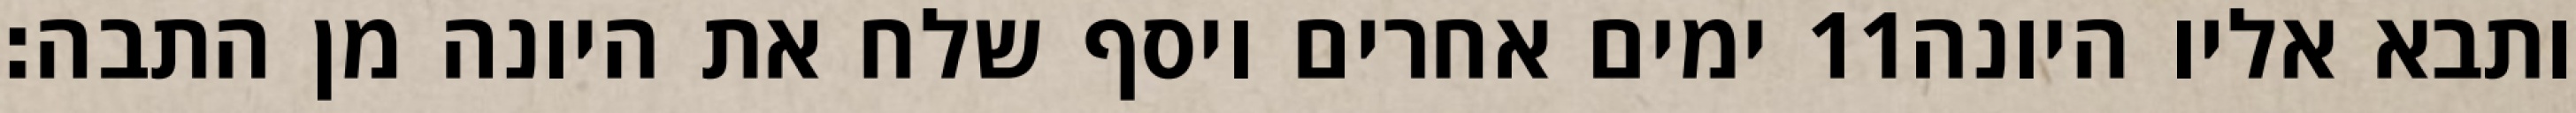
ימים אחרים ויסף שלח את היונה מן התבה׃ ‎11‏ ותבא אליו היונה